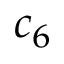
c _ { 6 }